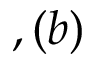
, ( b )